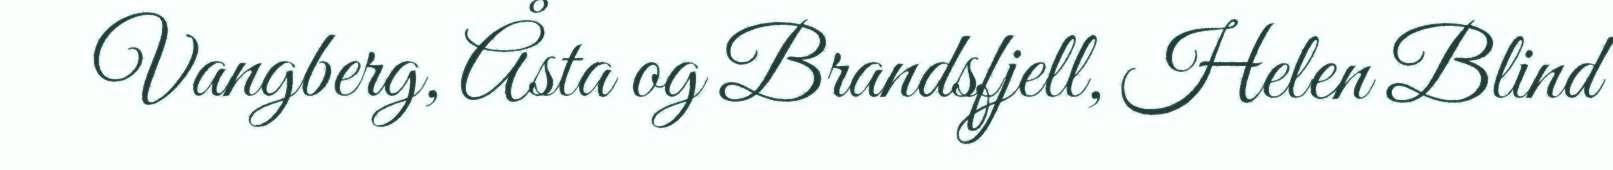
Vangberg, Åsta og Brandsfjell, Helen Blind